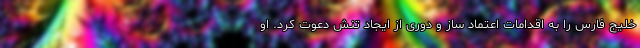
خلیج فارس را به اقدامات اعتماد ساز و دوری از ایجاد تنش دعوت کرد. او